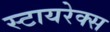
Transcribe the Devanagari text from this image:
स्टायरेक्स